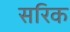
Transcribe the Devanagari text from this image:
सरिक